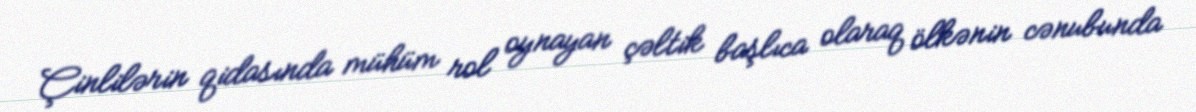
Çinlilərin qidasında mühüm rol oynayan çəltik başlıca olaraq ölkənin cənubunda